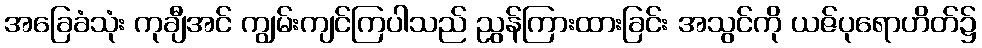
အခြေခံသုံး ကုချီအင် ကျွမ်းကျင်ကြပါသည် ညွန်ကြားထားခြင်း အသွင်ကို ယဇ်ပုရောဟိတ်၌